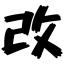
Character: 改